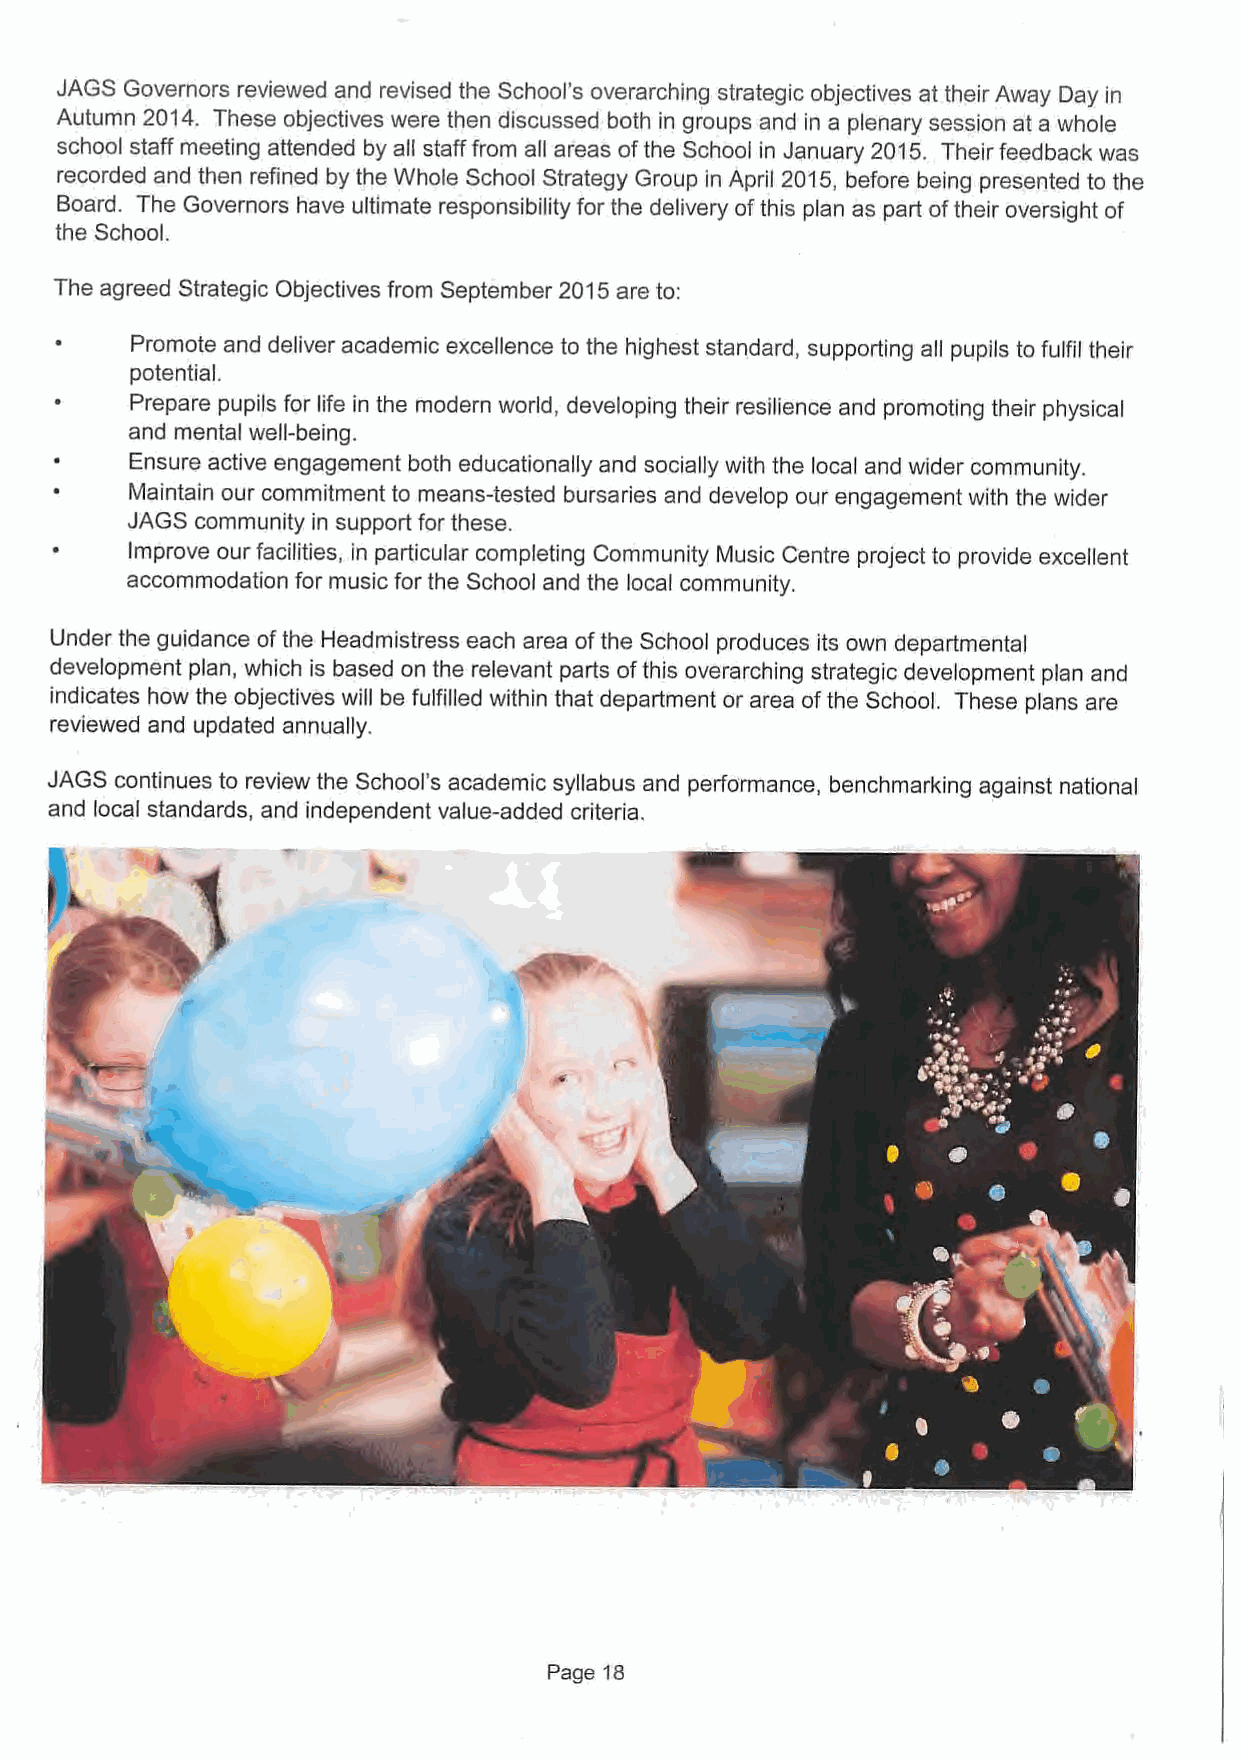
JAGS Governors reviewed and revised the School's overarching strategic objectives at their Away Day in
 Autumn 2014. These objectives were then discussed both in groups and in a plenary session at a whole
 school staff meeting attended by all staff from all areas ofthe School in January 2015. Their feedback was
 recorded and then refined by the Whole School Strategy Group in April 2015, before being presented to the
 Board. The Governors have ultimate responsibility for the delivery ofthis plan as part oftheir oversight of
 the School.
 The agreed Strategic Objectives from September 2015are to:
 Promote and deliver academic excellence to the highest standard, supporting all pupils to fulfil their
 potential.
 Prepare pupils for life in the modern world, developing their resilience and promoting their physical
 and mental well-being.
 Ensure active engagement both educationally and socially with the local and wider community.
 Maintain our commitment to means-tested bursaries and develop our engagement with the wider
 JAGS community in support for these.
 Improve our facilities, in particular completing Community Music Centre project to provide excellent
 accommodation for music for the School and the local community.
 Under the guidance ofthe Headmistress each area ofthe School produces its own departmental
 development plan, which is based on the relevant parts ofthis overarching strategic development plan and
 indicates how the objectives will be fulfilled within that department or area ofthe School. These plans are
 reviewed and updated annually.
 JAGS continues to review the School's academic syllabus and perfo'rmance, benchmarking against national
 and local standards, and independent value-added criteria.
 Page 18